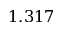
1 . 3 1 7